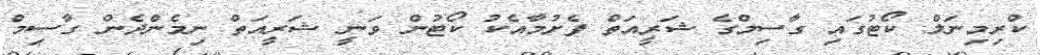
ކްރިމިނަލް ކޯޓުގައި ގާސިމްގެ ޝަރީއަތް ފެށުމާއެކު ކޯޓުން ވަނީ ޝަރީއަތް ނިމެންދެން ގާސިމް